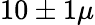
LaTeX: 10\pm 1\mu